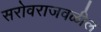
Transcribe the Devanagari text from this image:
सरोवराजवळील